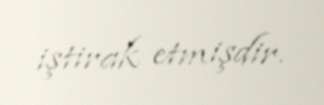
iştirak etmişdir.